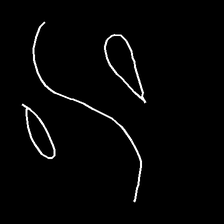
Glyph: water